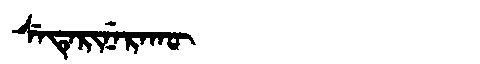
Manchu: ᠰᡝᡨᡝᡵᡳᠨᡝᡵᠠᡴᡡ
Romanization: SETERINERAKŪ